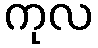
ကုလ